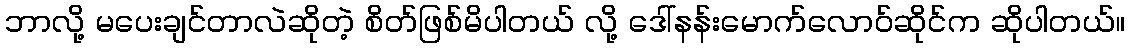
ဘာလို့ မပေးချင်တာလဲဆိုတဲ့ စိတ်ဖြစ်မိပါတယ် လို့ ဒေါ်နန်းမောက်လောဝ်ဆိုင်က ဆိုပါတယ်။